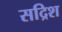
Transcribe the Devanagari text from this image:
सद्रिश